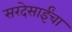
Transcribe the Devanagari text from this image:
सरदेसाईंचा